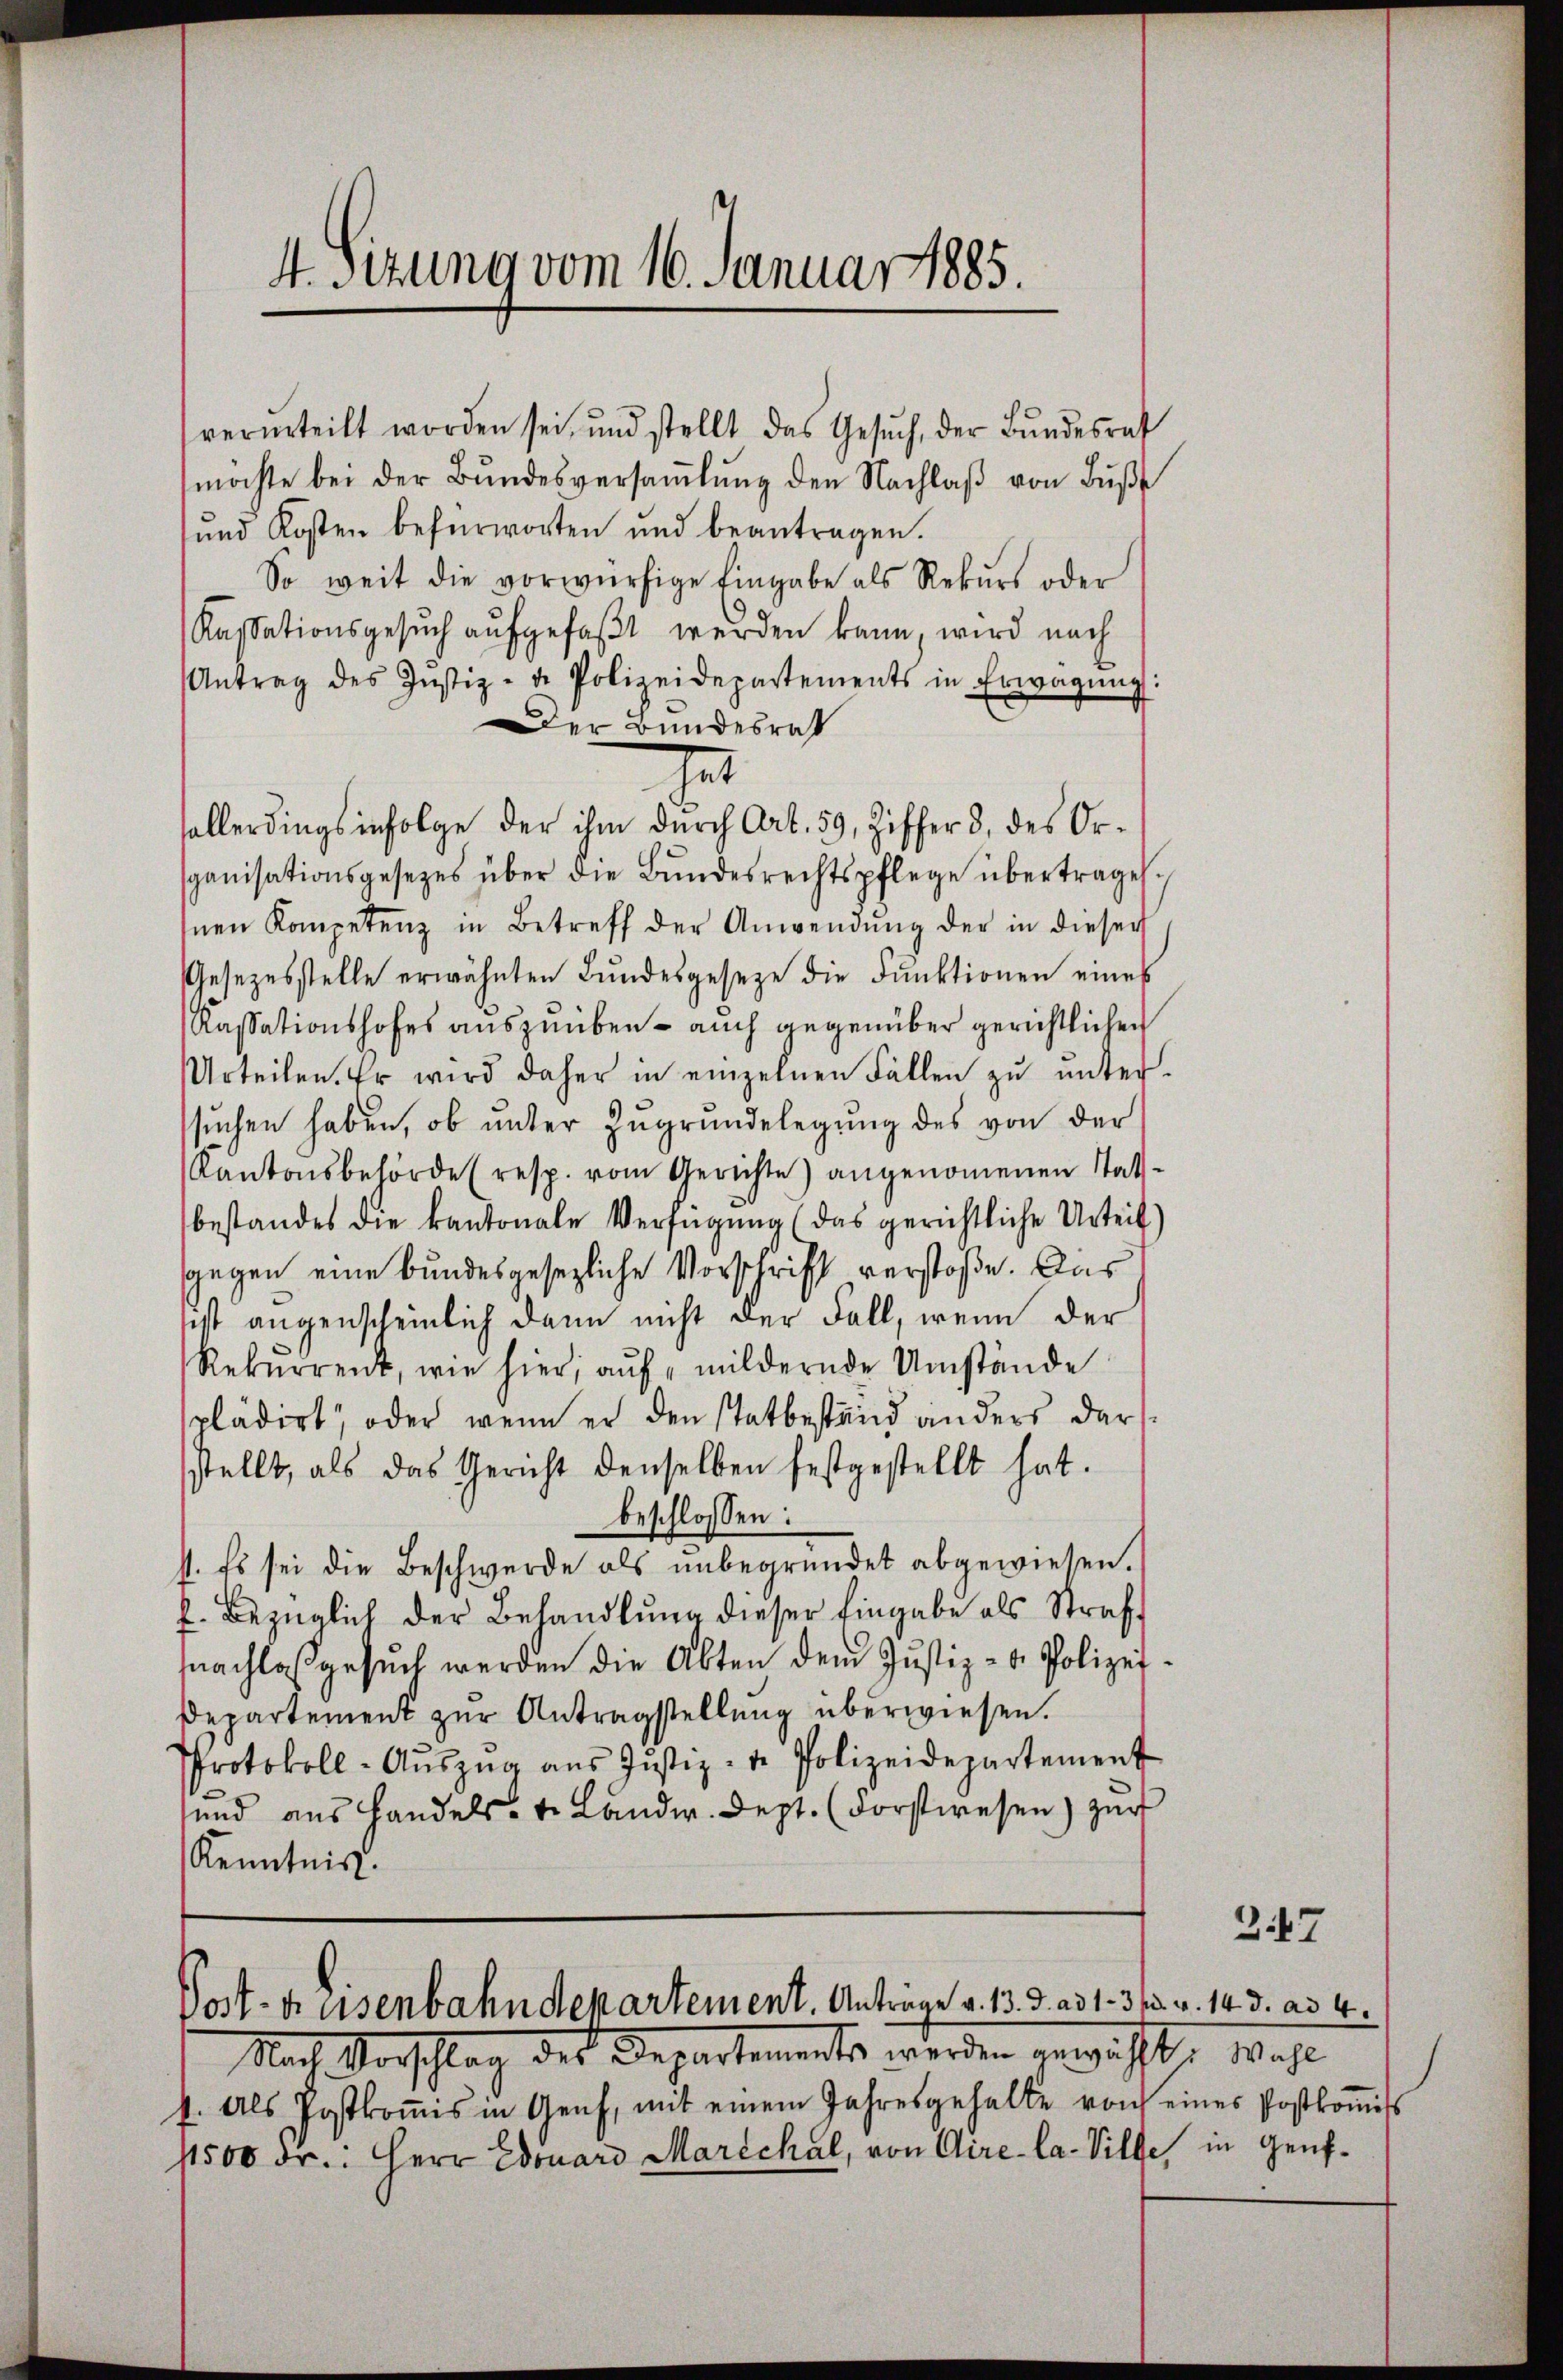
verurteilt worden sei, und stellt das Gesŭch, der Bŭndesrat
möchte bei der Bŭndesversaṁlŭng den Nachlaβ von Bŭβ
und Kosten befürworten und beantragen.
So weit die vorwürfige Eingabe als Rekŭrs oder
Kassationsgesŭch aŭfgefaβt werden kann, wird nach
Antrag des Justiz- u. Polizeidepartements in Erwägŭng:
Der Bundesrat
sollerdings infolge der ihm durch Art. 59, Ziffer 3. des Orspanisationsgesetzes über die Bŭndesrechtspflege übertragen.
inen Kompetenz in Betreff der Anwendŭng der in dieser
Gesezesstelle erwähnten Bundesgesetze die Funktionen eines
Kassationshofes auszuüben - auch gegenüber gerichtlichen
Urteilen. Er wird daher in einzelnen Fällen zŭ ŭnter-
sŭchen haben, ob unter Zŭgrŭndelegŭng des von der
Kantonsbehörde (resp. vom Gerichte) angenommenen Tatsbestandes die kantonale Verfügung (das gerichtliche Urteil)
sgegen eine bundesgesezliche Vorschrift verstoße. Das
sist augenscheinlich dann nicht der Fall, wenn der
Rekurrent, wie hier, aŭf " mildernde Umstände
plädirt, oder wenn er den statbestand anders der
sstellt, als das Gericht denselben festgestellt hat.
beschlossen:
s. Es sei die Beschwerde als unbegründet abgewiesen.
f. bezüglich der Behandlung dieser Eingabe als Straffnachlaß gesuch werden die Akten dem Justiz- & Polizei¬
Departement zur Antragstellung überwiesen.
Protokoll-Aŭszŭg aŭs Jŭstiz- u. Polizeidepartement
und aus Handels- u. Landw. Sept. (Forstwesen) zur
Kenntnis.

4. Sizung vom 16. Januar 1885.

het

Post- eisenbahndepartement. Anträge v. 13. d. ad 1. 31. v. 14. d. ad 4.

Nach Vorschlag des Departements werden gewählt, wohl
4. Als Postkoṁis in Genf, mit einem Jahresgehalte von eines Postkoṁiss
11500 Fr.: Herr Edouard Marichal, von Aire-Ca- Ville, in Genf¬

2.47